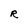
Character: R